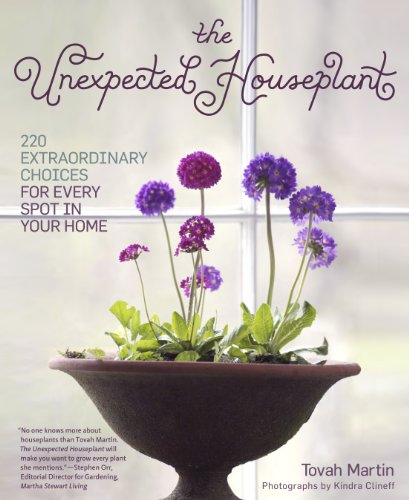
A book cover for The Unexpected Houseplant: 220 Extraordinary Choices for Every Spot in Your Home; Tovah Martin; Crafts, Hobbies & Home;